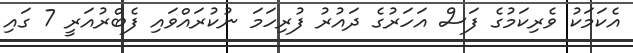
އެކަމަކު ވެރިކަމުގެ ފަސް އަހަރުގެ ދައުރު ފުރިހަމަ ނުކުރައްވައި ފެބްރުއަރީ 7 ގައި